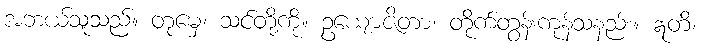
အဘယ်သူသည်။ တုမှေ၊ သင်တို့ကို။ ဥယျောဇိတာ၊ တိုက်တွန်းကုန်သနည်း။ ဣတိ၊